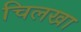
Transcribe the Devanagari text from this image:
चिलखा